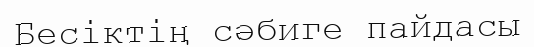
Бесіктің сәбиге пайдасы